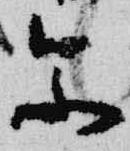
参